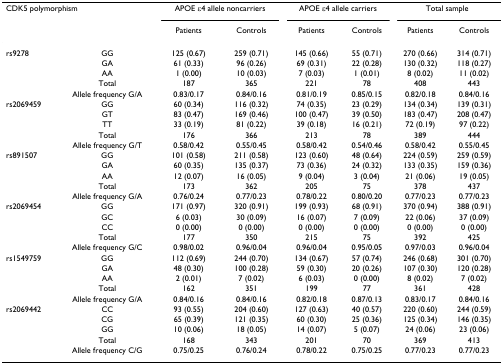
<table><thead><tr><td colspan="2"><b>CDK5 polymorphism</b></td><td colspan="2"><b>APOE ε4 allele noncarriers</b></td><td colspan="2"><b>APOE ε4 allele carriers</b></td><td colspan="2"><b>Total sample</b></td></tr><tr><td></td><td></td><td><b>Patients</b></td><td><b>Controls</b></td><td><b>Patients</b></td><td><b>Controls</b></td><td><b>Patients</b></td><td><b>Controls</b></td></tr></thead><tbody><tr><td>rs9278</td><td>GG</td><td>125 (0.67)</td><td>259 (0.71)</td><td>145 (0.66)</td><td>55 (0.71)</td><td>270 (0.66)</td><td>314 (0.71)</td></tr><tr><td></td><td>GA</td><td>61 (0.33)</td><td>96 (0.26)</td><td>69 (0.31)</td><td>22 (0.28)</td><td>130 (0.32)</td><td>118 (0.27)</td></tr><tr><td></td><td>AA</td><td>1 (0.00)</td><td>10 (0.03)</td><td>7 (0.03)</td><td>1 (0.01)</td><td>8 (0.02)</td><td>11 (0.02)</td></tr><tr><td></td><td>Total</td><td>187</td><td>365</td><td>221</td><td>78</td><td>408</td><td>443</td></tr><tr><td></td><td>Allele frequency G/A</td><td>0.83/0.17</td><td>0.84/0.16</td><td>0.81/0.19</td><td>0.85/0.15</td><td>0.82/0.18</td><td>0.84/0.16</td></tr><tr><td>rs2069459</td><td>GG</td><td>60 (0.34)</td><td>116 (0.32)</td><td>74 (0.35)</td><td>23 (0.29)</td><td>134 (0.34)</td><td>139 (0.31)</td></tr><tr><td></td><td>GT</td><td>83 (0.47)</td><td>169 (0.46)</td><td>100 (0.47)</td><td>39 (0.50)</td><td>183 (0.47)</td><td>208 (0.47)</td></tr><tr><td></td><td>TT</td><td>33 (0.19)</td><td>81 (0.22)</td><td>39 (0.18)</td><td>16 (0.21)</td><td>72 (0.19)</td><td>97 (0.22)</td></tr><tr><td></td><td>Total</td><td>176</td><td>366</td><td>213</td><td>78</td><td>389</td><td>444</td></tr><tr><td></td><td>Allele frequency G/T</td><td>0.58/0.42</td><td>0.55/0.45</td><td>0.58/0.42</td><td>0.54/0.46</td><td>0.58/0.42</td><td>0.55/0.45</td></tr><tr><td>rs891507</td><td>GG</td><td>101 (0.58)</td><td>211 (0.58)</td><td>123 (0.60)</td><td>48 (0.64)</td><td>224 (0.59)</td><td>259 (0.59)</td></tr><tr><td></td><td>GA</td><td>60 (0.35)</td><td>135 (0.37)</td><td>73 (0.36)</td><td>24 (0.32)</td><td>133 (0.35)</td><td>159 (0.36)</td></tr><tr><td></td><td>AA</td><td>12 (0.07)</td><td>16 (0.05)</td><td>9 (0.04)</td><td>3 (0.04)</td><td>21 (0.06)</td><td>19 (0.05)</td></tr><tr><td></td><td>Total</td><td>173</td><td>362</td><td>205</td><td>75</td><td>378</td><td>437</td></tr><tr><td></td><td>Allele frequency G/A</td><td>0.76/0.24</td><td>0.77/0.23</td><td>0.78/0.22</td><td>0.80/0.20</td><td>0.77/0.23</td><td>0.77/0.23</td></tr><tr><td>rs2069454</td><td>GG</td><td>171 (0.97)</td><td>320 (0.91)</td><td>199 (0.93)</td><td>68 (0.91)</td><td>370 (0.94)</td><td>388 (0.91)</td></tr><tr><td></td><td>GC</td><td>6 (0.03)</td><td>30 (0.09)</td><td>16 (0.07)</td><td>7 (0.09)</td><td>22 (0.06)</td><td>37 (0.09)</td></tr><tr><td></td><td>CC</td><td>0 (0.00)</td><td>0 (0.00)</td><td>0 (0.00)</td><td>0 (0.00)</td><td>0 (0.00)</td><td>0 (0.00)</td></tr><tr><td></td><td>Total</td><td>177</td><td>350</td><td>215</td><td>75</td><td>392</td><td>425</td></tr><tr><td></td><td>Allele frequency G/C</td><td>0.98/0.02</td><td>0.96/0.04</td><td>0.96/0.04</td><td>0.95/0.05</td><td>0.97/0.03</td><td>0.96/0.04</td></tr><tr><td>rs1549759</td><td>GG</td><td>112 (0.69)</td><td>244 (0.70)</td><td>134 (0.67)</td><td>57 (0.74)</td><td>246 (0.68)</td><td>301 (0.70)</td></tr><tr><td></td><td>GA</td><td>48 (0.30)</td><td>100 (0.28)</td><td>59 (0.30)</td><td>20 (0.26)</td><td>107 (0.30)</td><td>120 (0.28)</td></tr><tr><td></td><td>AA</td><td>2 (0.01)</td><td>7 (0.02)</td><td>6 (0.03)</td><td>0 (0.00)</td><td>8 (0.02)</td><td>7 (0.02)</td></tr><tr><td></td><td>Total</td><td>162</td><td>351</td><td>199</td><td>77</td><td>361</td><td>428</td></tr><tr><td></td><td>Allele frequency G/A</td><td>0.84/0.16</td><td>0.84/0.16</td><td>0.82/0.18</td><td>0.87/0.13</td><td>0.83/0.17</td><td>0.84/0.16</td></tr><tr><td>rs2069442</td><td>CC</td><td>93 (0.55)</td><td>204 (0.60)</td><td>127 (0.63)</td><td>40 (0.57)</td><td>220 (0.60)</td><td>244 (0.59)</td></tr><tr><td></td><td>CG</td><td>65 (0.39)</td><td>121 (0.35)</td><td>60 (0.30)</td><td>25 (0.36)</td><td>125 (0.34)</td><td>146 (0.35)</td></tr><tr><td></td><td>GG</td><td>10 (0.06)</td><td>18 (0.05)</td><td>14 (0.07)</td><td>5 (0.07)</td><td>24 (0.06)</td><td>23 (0.06)</td></tr><tr><td></td><td>Total</td><td>168</td><td>343</td><td>201</td><td>70</td><td>369</td><td>413</td></tr><tr><td></td><td>Allele frequency C/G</td><td>0.75/0.25</td><td>0.76/0.24</td><td>0.78/0.22</td><td>0.75/0.25</td><td>0.77/0.23</td><td>0.77/0.23</td></tr></tbody></table>